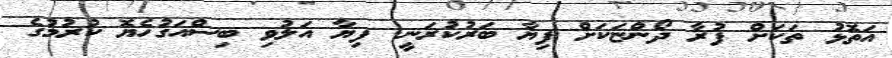
އަތޮޅު ތަކަށް ފުރާ ދޯންޏަކަށް ފިޔާ ބަރުކުރަނީ. ފިޔާ އަލުވި ބިސްއަގުހެޔޮ ކުރުމުގެ